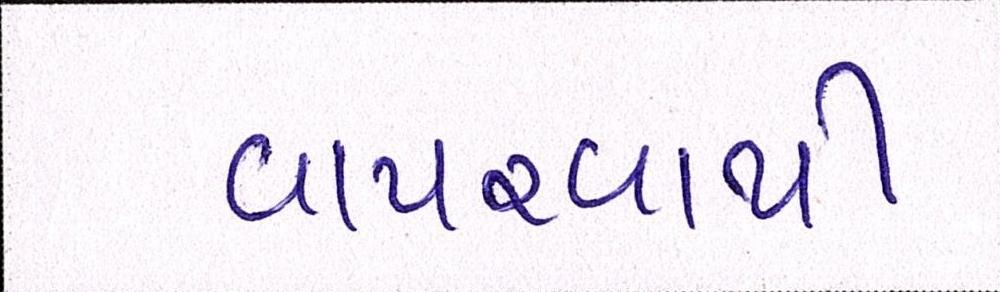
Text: વાપરવાથી